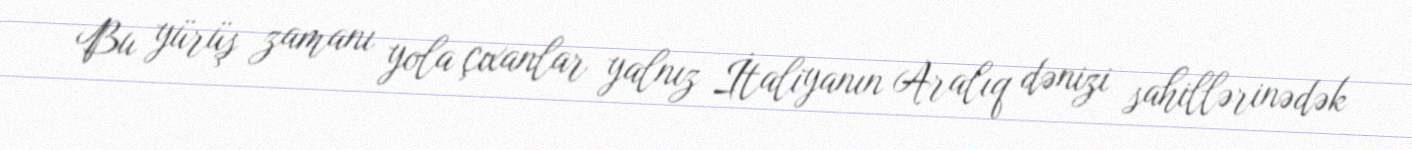
Bu yürüş zamanı yola çıxanlar yalnız İtaliyanın Aralıq dənizi sahillərinədək